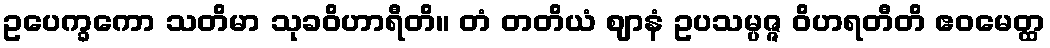
ဥပေက္ခကော သတိမာ သုခဝိဟာရီတိ။ တံ တတိယံ ဈာနံ ဥပသမ္ပဇ္ဇ ဝိဟရတီတိ ဧဝမေတ္ထ